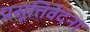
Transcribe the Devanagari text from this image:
प्रसूतिवेदना